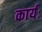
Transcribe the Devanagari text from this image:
कार्यः